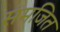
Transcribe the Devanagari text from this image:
संमजित